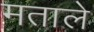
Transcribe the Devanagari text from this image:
मताले